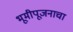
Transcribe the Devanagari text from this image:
भूमीपूजनाचा